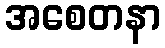
အစေတနာ